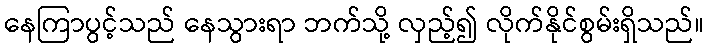
နေကြာပွင့်သည် နေသွားရာ ဘက်သို့ လှည့်၍ လိုက်နိုင်စွမ်းရှိသည်။